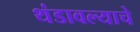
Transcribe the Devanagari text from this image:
थंडावल्याचे